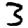
Digit: 3